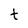
Character: t